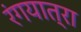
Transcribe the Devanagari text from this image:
रंगयात्रा